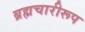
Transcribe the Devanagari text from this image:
ब्रह्मचारीरूप